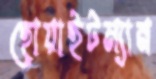
হোয়াইটম্যান